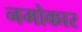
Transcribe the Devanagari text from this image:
नमोकार